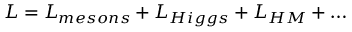
{ \cal L } = { \cal L } _ { m e s o n s } + { \cal L } _ { H i g g s } + { \cal L } _ { H M } + \ldots